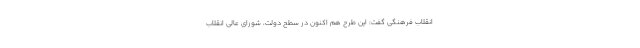
انقلاب فرهنگی گفت: این طرح هم اکنون در سطح دولت، شورای عالی انقلاب